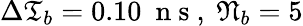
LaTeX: \Delta\mathfrak{T}_{b}=0.10\ \mathrm{~n~s~},\ \mathfrak{N}_{b}=5